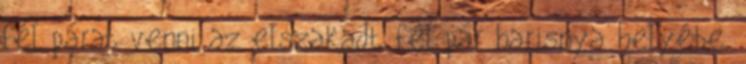
fél párat venni az elszakadt fél pár harisnya helyébe.